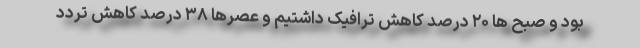
بود و صبح ها ۲۰ درصد کاهش ترافیک داشتیم و عصرها ۳۸ درصد کاهش تردد